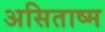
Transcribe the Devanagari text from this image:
असिताष्म